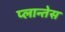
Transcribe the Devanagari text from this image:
प्लान्तेस